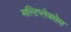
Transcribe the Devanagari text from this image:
मल्टिप्लेक्सेस